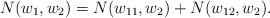
LaTeX: \begin{align*}N(w_1,w_2)=N(w_{11},w_2)+N(w_{12},w_2).\end{align*}